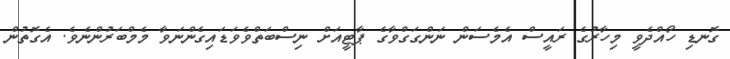
ގޮނޑި ހޯއްދެވީ މިހާރުގެ ރައީސް އެމެސަން ނަންގަގްވާގެ ޕާޓީއަށް ނިސްބަތްވެވަޑައިގެންނަވާ މެމްބަރުންނެވެ. އެގޮތުން